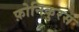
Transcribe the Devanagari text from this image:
फ़ोनिकुरस